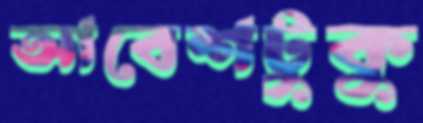
আবেশটুকু